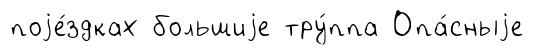
поjе́здках большиjе тру́ппа Опа́сныjе